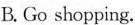
B. Go shopping.